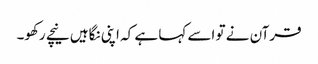
قرآن نے تو اسے کہا ہے کہ اپنی نگاہیں نیچے رکھو۔